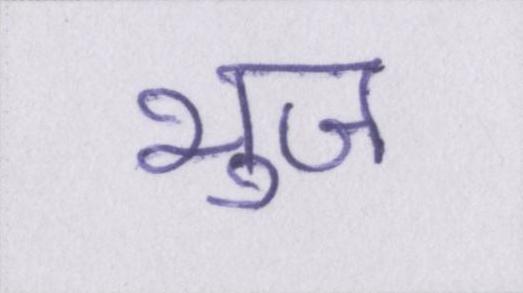
भुज